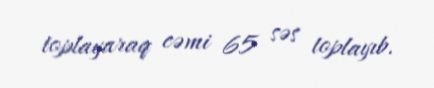
toplayaraq cəmi 65 səs toplayıb.